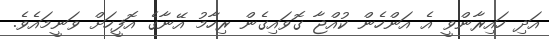
އަދި ހައިރާންވީ އެ އަންހެން ކުއްޖާ ގޮވައިގެން ރިހާމު އޭނާގެ އޮފީހަށް ވަނީމައެވެ.